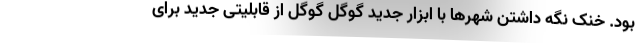
بود. خنک نگه داشتن شهرها با ابزار جدید گوگل گوگل از قابلیتی جدید برای